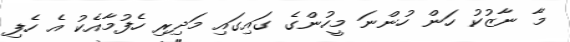
މާ ނާޒުކު ހަން ހުންނަ މީހުންގެ ގައިގައި މަދިރި ހެފުމާއެކު އެ ހެފި